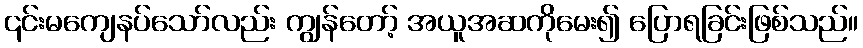
၎င်းမကျေနပ်သော်လည်း ကျွန်တော့် အယူအဆကိုမေး၍ ပြောရခြင်းဖြစ်သည်။